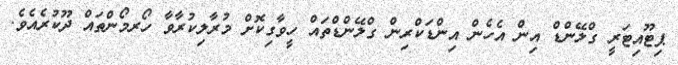
ޕިޓޫއިޓަރީ ގްލޭންޑް އިން އެހެން އިންޑަކްރިން ގްލޭންޑްތައް ހީވާގިކޮށް މުރާލިކުރާވާ ހޯރމޯންތައް ދޫކުރެއެވެ.